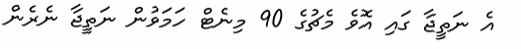
އެ ނަތީޖާ ގައި އޮވެ މެޗުގެ 90 މިނެޓް ހަމަވުން ނަތީޖާ ނެރެން